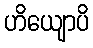
ဟိယျောပိ